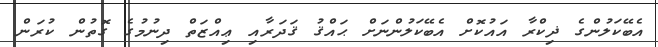
އެބޭކަލުންގެ ޛިކްރާ އައުކޮށް އެބޭކަލުންނަށް ޙައްޤު ޤަދަރާއި ޢިއްޒަތް ދިނުމުގެ ގޮތުން ކުރަން